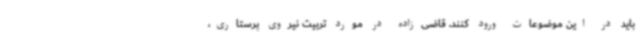
باید در این موضوعات ورود کنند. قاضی‌زاده در مورد تربیت نیروی پرستاری،